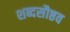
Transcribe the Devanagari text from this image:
शब्दसौष्ठव